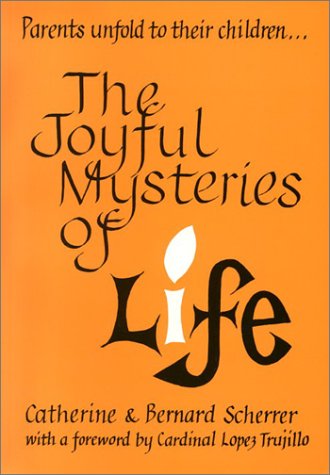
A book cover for The Joyful Mysteries of Life; Catherine Scherrer; Christian Books & Bibles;